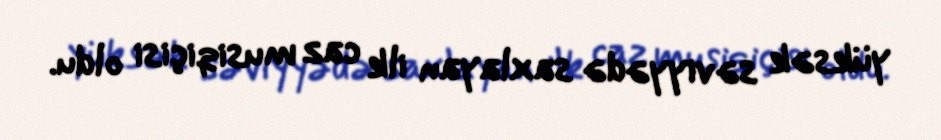
yüksək səviyyədə saxlayan ilk caz musiqiçisi oldu.